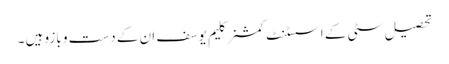
تحصیل سٹی کے اسسٹنٹ کمشنر کلیم یوسف ان کے دست و بازو ہیں ۔